Document type: payment_order
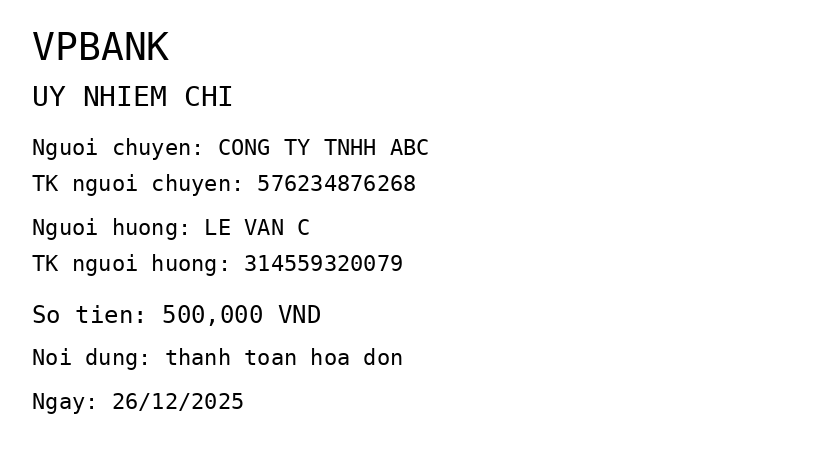
OCR transcript:
VPBANK
UY NHIEM CHI
Nguoi chuyen: CONG TY TNHH ABC
TK nguoi chuyen: 576234876268
Nguoi huong: LE VAN C
TK nguoi huong: 314559320079
So tien: 500,000 VND
Noi dung: thanh toan hoa don
Ngay: 26/12/2025
Extracted fields:
bank_name: vpbank
sender_name: cong ty tnhh abc
sender_account: 576234876268
beneficiary_name: le van c
beneficiary_account: 314559320079
amount: 500000
content: thanh toan hoa don
date: 2025-12-26